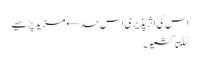
اس کی اثر پذیری اس حد← مزید پڑھیے
سُلگتا کشمیر۔